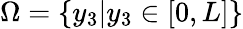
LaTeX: \Omega=\left\{ y_{3}|y_{3}\in[0,L]\right\}